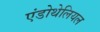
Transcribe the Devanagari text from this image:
एंडोथेलियल